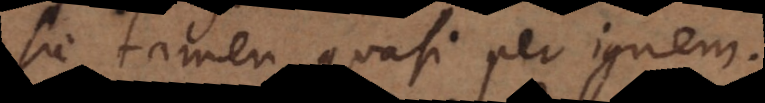
c tamen quasi per ignem.